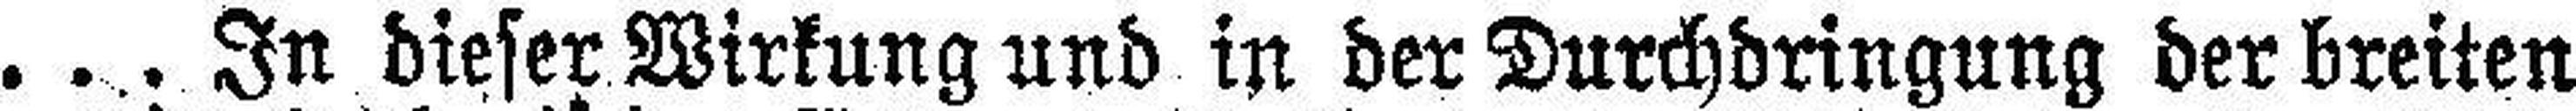
... In dieser Wirkung und in der Durchdringung der breiten